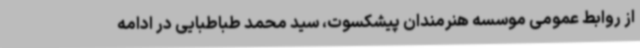
از روابط عمومی موسسه هنرمندان پیشکسوت، سید محمد طباطبایی در ادامه